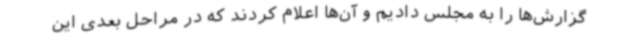
گزارش‌ها را به مجلس دادیم و آن‌ها اعلام کردند که در مراحل بعدی این